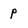
Character: p